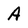
Character: A